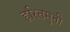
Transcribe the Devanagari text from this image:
हरितमुनी